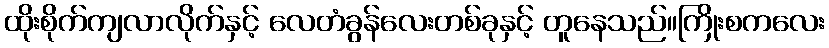
ထိုးစိုက်ကျလာလိုက်နှင့် လေတံခွန်လေးတစ်ခုနှင့် တူနေသည်။ကြိုးစကလေး